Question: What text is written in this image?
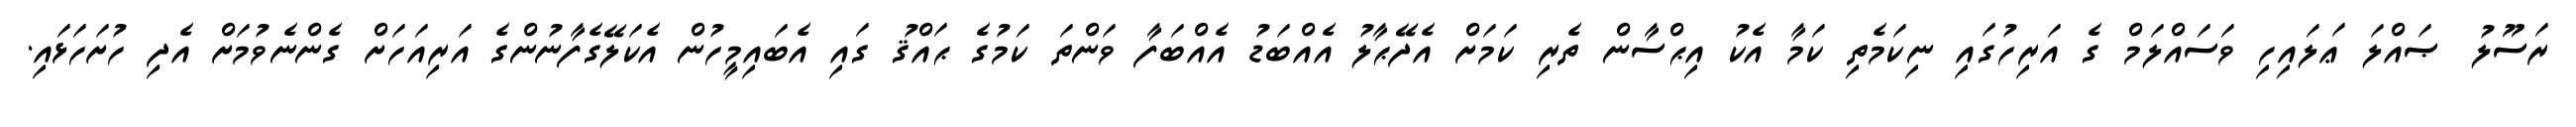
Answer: ރަސޫލު ޞައްލަ ޢަލައިހި ވަސައްލަމް ގެ އަރިހުގައި ނިކަމެތި ކަމާ އެކު އިޙްސާން ތެރި ކަމަށް އެދޭޙާލު އެއްބަޑު އެއްބަފާ ވަންތަ ކަމުގެ ޙައްޤު ގައި އެބައިމީހުން އެކަލޭގެފާނުންގެ އަރިއަހަށް ގެންނެވުމަށް އެދި ހުށަހަޅައި.